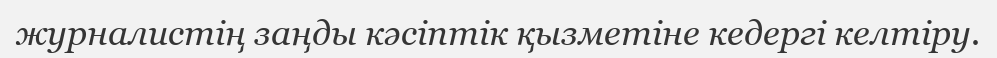
журналистің заңды кәсіптік қызметіне кедергі келтіру.